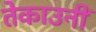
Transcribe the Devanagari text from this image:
तेकाउनीं